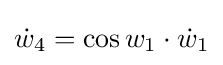
{\dot {w}}_{4}=\cos w_{1}\cdot {\dot {w}}_{1}